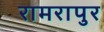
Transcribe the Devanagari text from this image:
रामरापुर